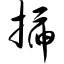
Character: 插